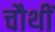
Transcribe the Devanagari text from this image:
चौथीं